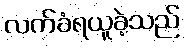
လက်ခံရယူခဲ့သည်